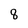
Character: 8